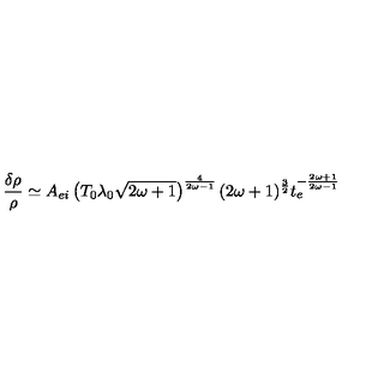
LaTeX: \frac { \delta \rho } { \rho } \simeq A _ { e i } \left( T _ { 0 } \lambda _ { 0 } \sqrt { 2 \omega + 1 } \right) ^ { \frac { 4 } { 2 \omega - 1 } } ( 2 \omega + 1 ) ^ { \frac { 3 } { 2 } } t _ { e } ^ { - \frac { 2 \omega + 1 } { 2 \omega - 1 } }